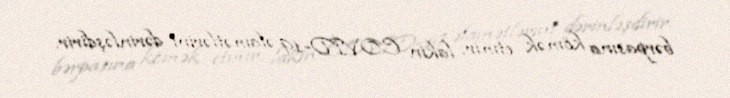
bərpasına kömək etmir, lakin COVİD-19 əlamətlərini dərinləşdirir.